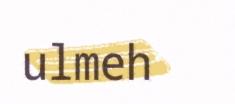
ulmeh